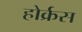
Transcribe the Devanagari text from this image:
होर्क्रस